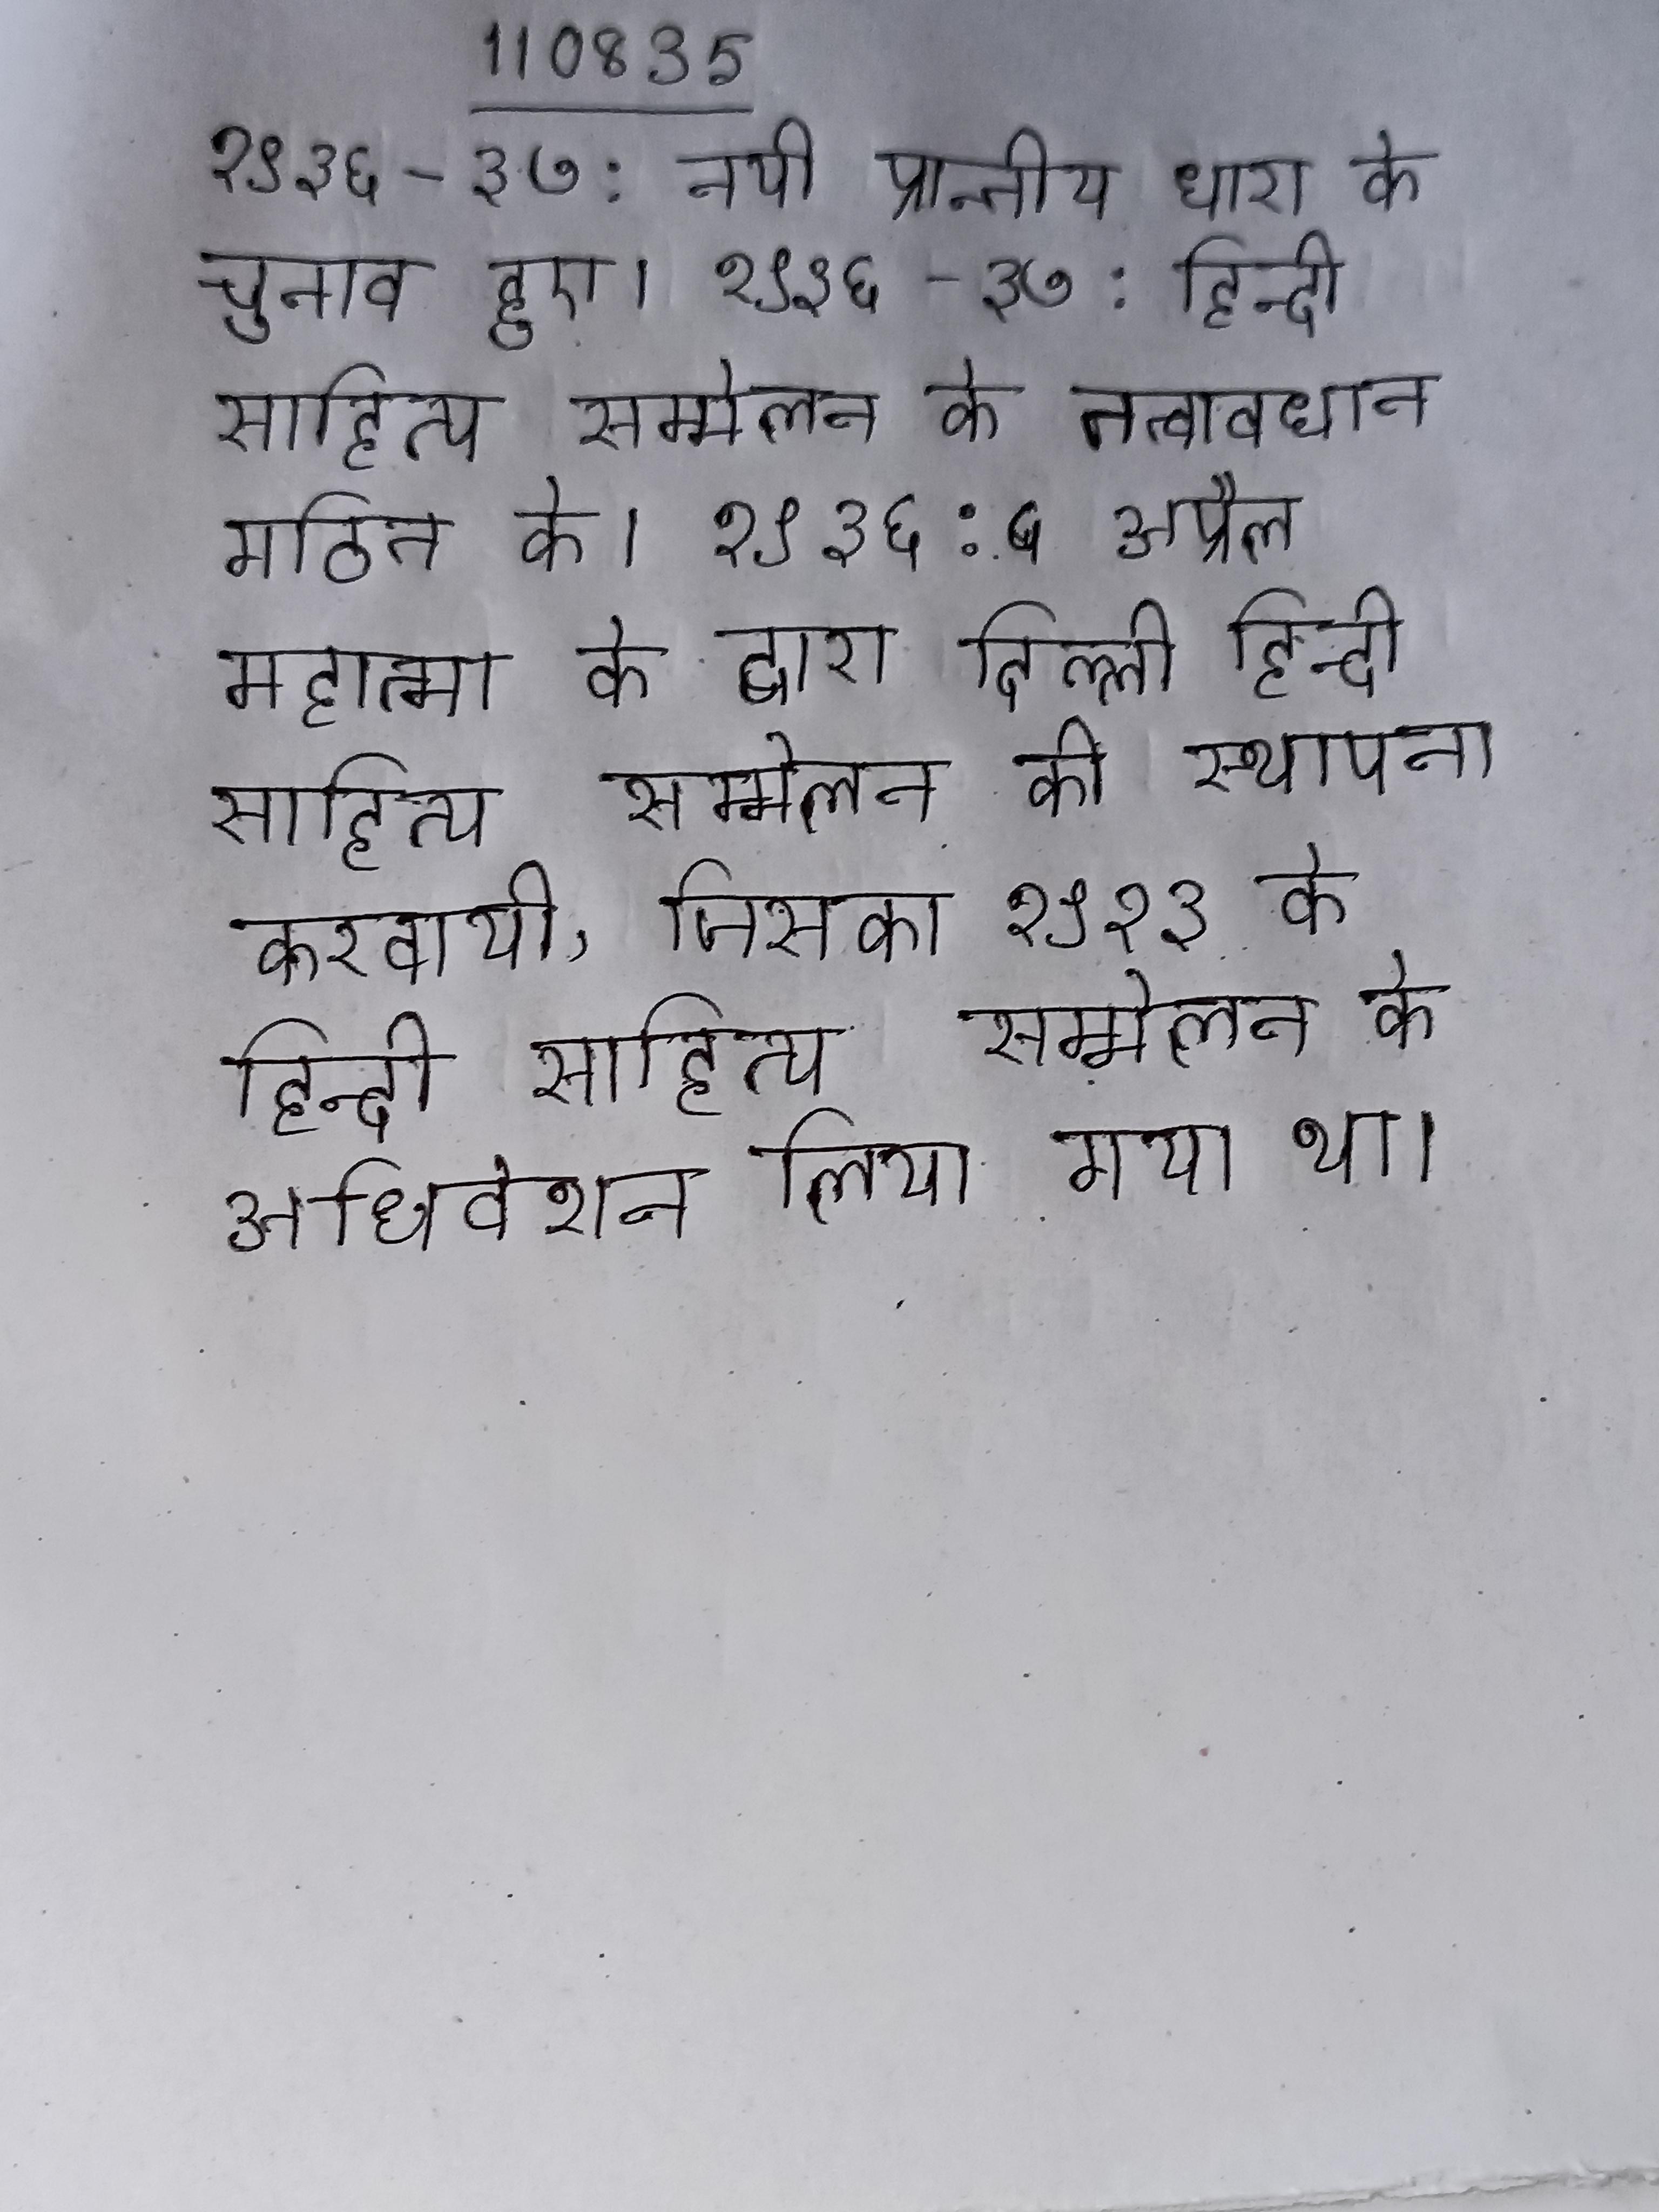
१९३६-३७: नयी प्रान्तीय धारा के चुनाव हुए । १९३६-३७: हिन्दी साहित्य सम्मेलन के तत्वावधान गठित के । १९३६: ५ अप्रैल महात्मा के द्वारा दिल्ली हिन्दी साहित्य सम्मेलन की स्थापना करवायी, जिसका १९२३ के हिन्दी साहित्य सम्मेलन के अधिवेशन लिया गया था ।